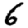
Digit: 6